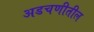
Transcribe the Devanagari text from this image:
अडचणीतील